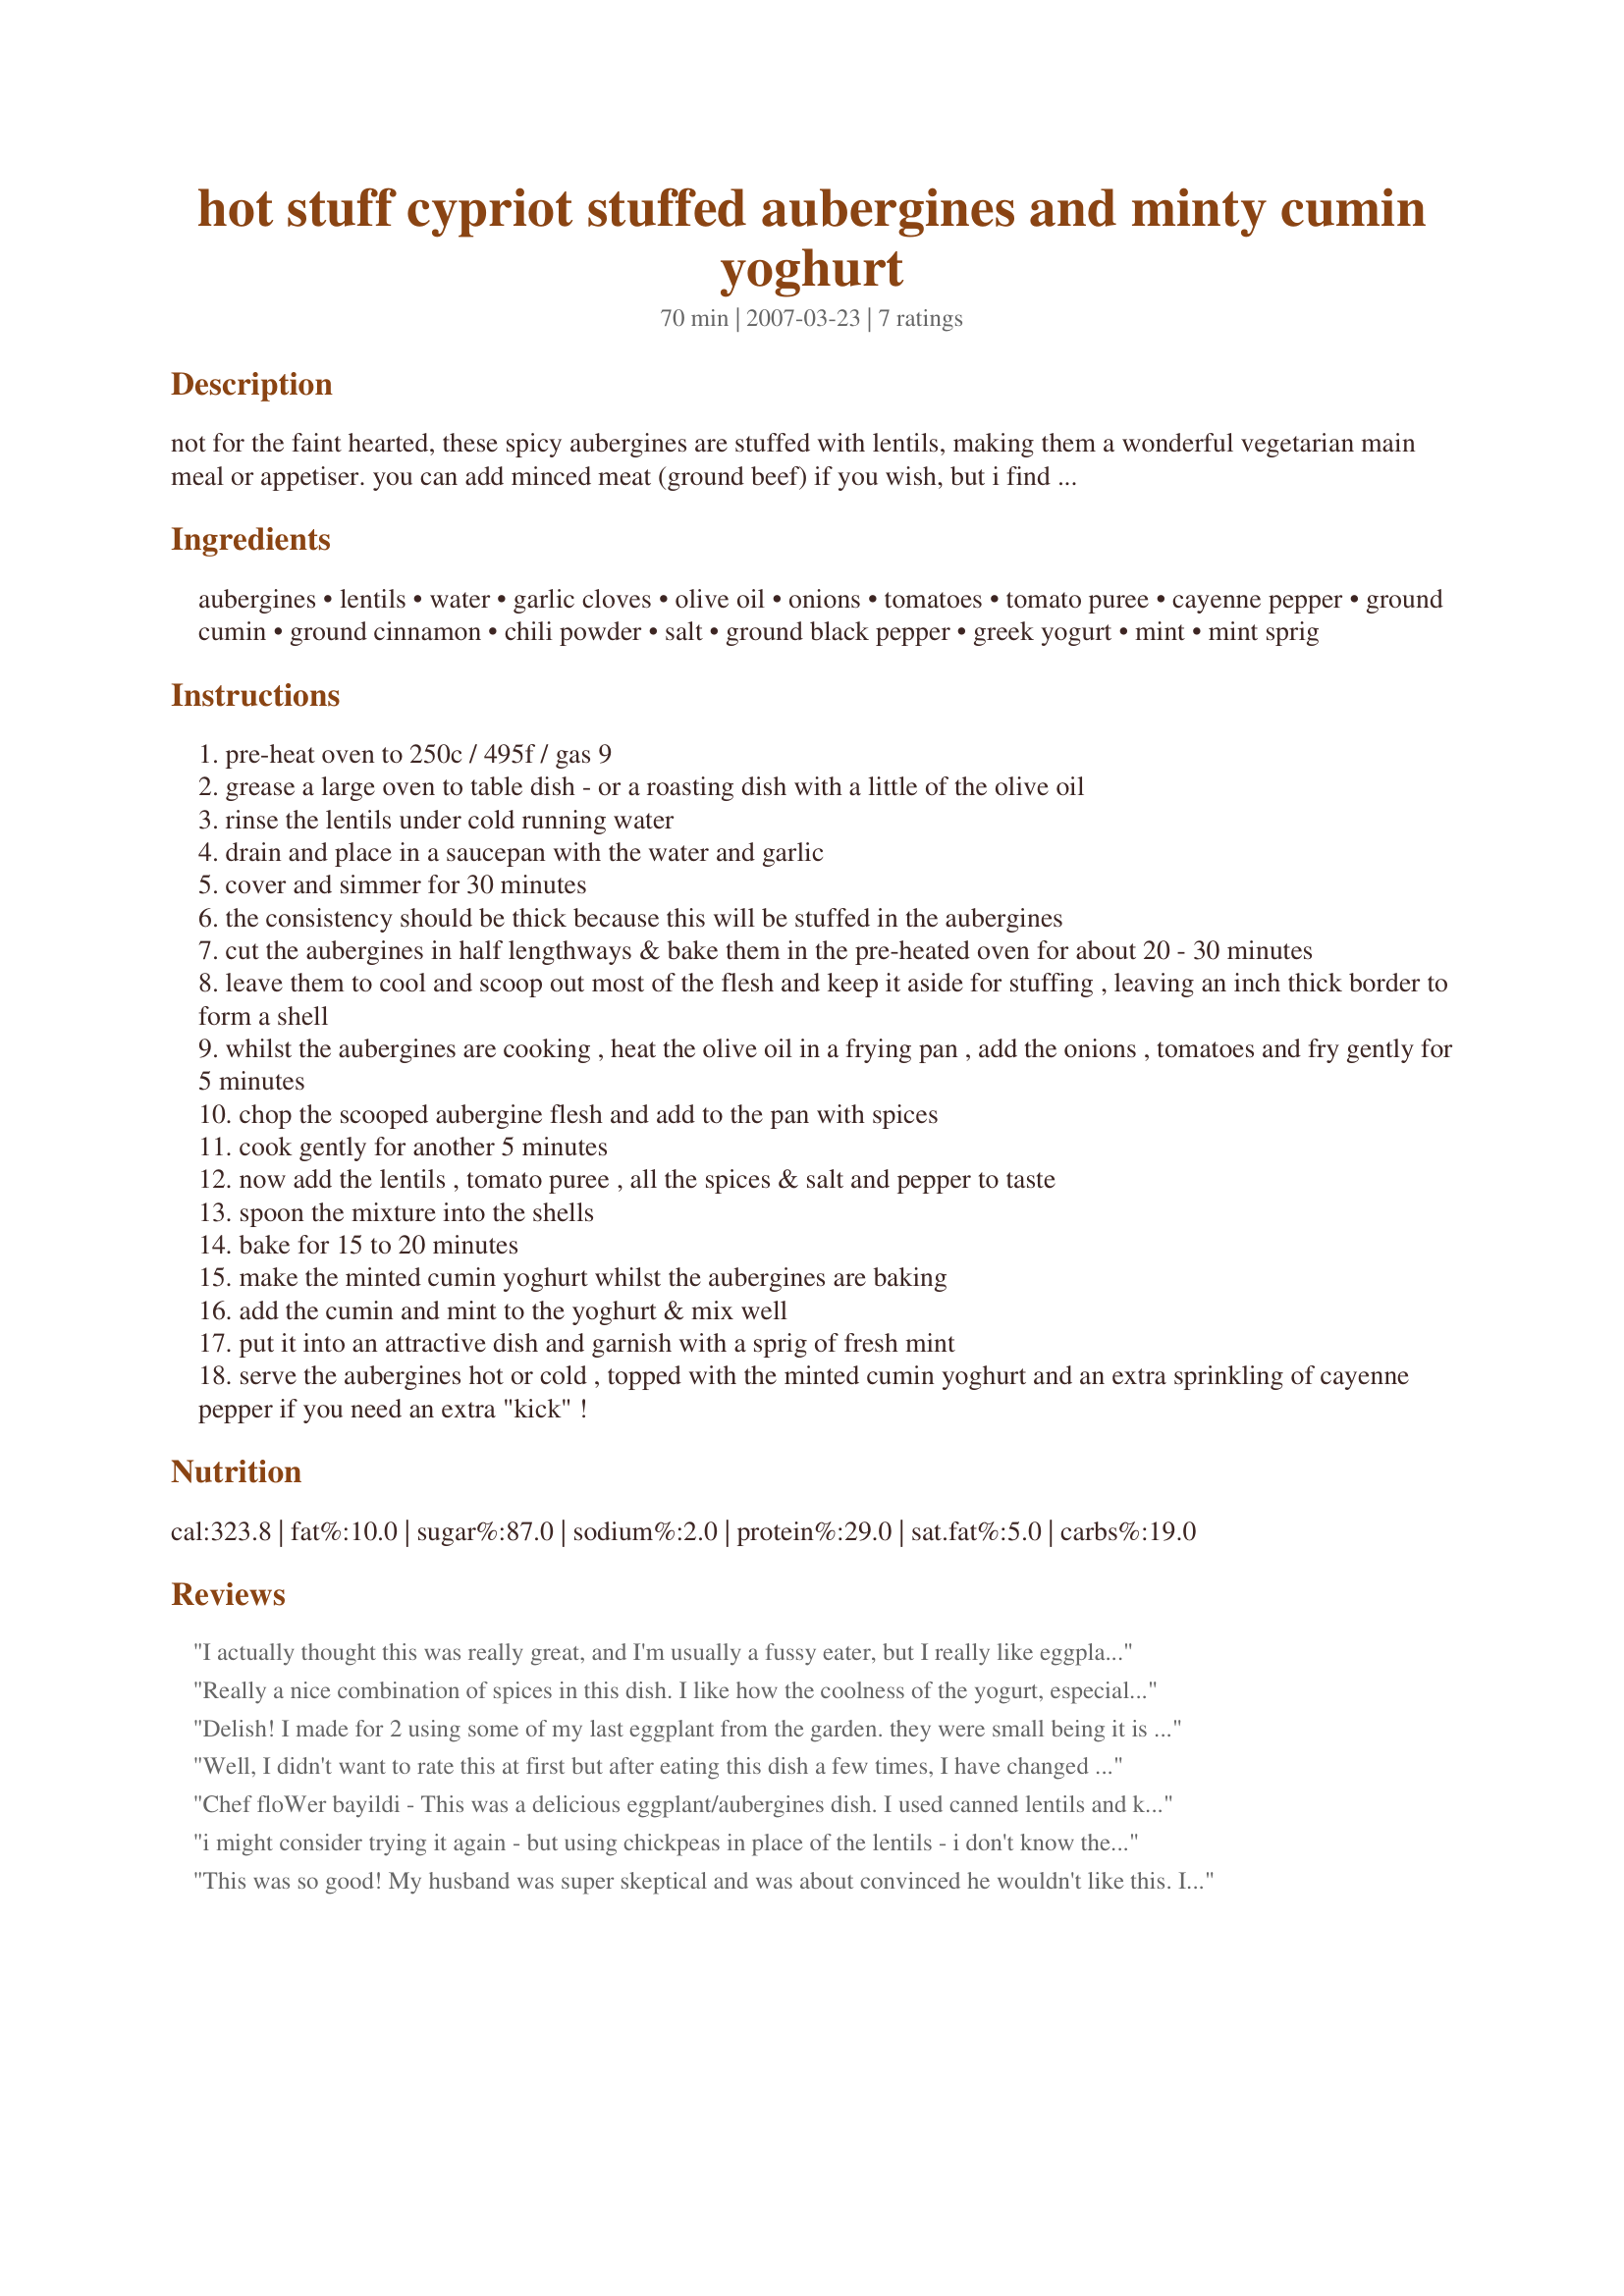
hot stuff cypriot stuffed aubergines and minty cumin yoghurt
Preparation time: 70 minutes

not for the faint hearted, these spicy aubergines are stuffed with lentils, making them a wonderful vegetarian main meal or appetiser. you can add minced meat (ground beef) if you wish, but i find that the puy lentils used in this dish have quite enough "body" already! these are based on a turkish recipe called imam bayildi - but i have "pepped" them up a bit by adding cayenne pepper, chili & the lentils! do not forget the essential finishing touch - the minted cumin yoghurt, it "cuts" through the heat of the cayenne pepper. serve these with a crispy salad and crusty bread.

Ingredients:
aubergines, lentils, water, garlic cloves, olive oil, onions, tomatoes, tomato puree, cayenne pepper, ground cumin, ground cinnamon, chili powder, salt, ground black pepper, greek yogurt, mint, mint sprig

Steps:
pre-heat oven to 250c / 495f / gas 9
grease a large oven to table dish - or a roasting dish with a little of the olive oil
rinse the lentils under cold running water
drain and place in a saucepan with the water and garlic
cover and simmer for 30 minutes
the consistency should be thick because this will be stuffed in the aubergines
cut the aubergines in half lengthways & bake them in the pre-heated oven for about 20 - 30 minutes
leave them to cool and scoop out most of the flesh and keep it aside for stuffing , leaving an inch thick border to form a shell
whilst the aubergines are cooking , heat the olive oil in a frying pan , add the onions , tomatoes and fry gently for 5 minutes
chop the scooped aubergine flesh and add to the pan with spices
cook gently for another 5 minutes
now add the lentils , tomato puree , all the spices & salt and pepper to taste
spoon the mixture into the shells
bake for 15 to 20 minutes
make the minted cumin yoghurt whilst the aubergines are baking
add the cumin and mint to the yoghurt & mix well
put it into an attractive dish and garnish with a sprig of fresh mint
serve the aubergines hot or cold , topped with the minted cumin yoghurt and an extra sprinkling of cayenne pepper if you need an extra "kick" !

Reviews:
I actually thought this was really great, and I'm usually a fussy eater, but I really like eggplants. The mint yogurt added an interesting touch and it was a flavourful, tasty, unique meal! Thanks for sharing! (btw, I don't know what puy lentils are, so I just bought plain green lentils. Worked fine!)
Really a nice combination of spices in this dish. I like how the coolness of the yogurt, especially combined with the mint nicely offset the hotter spices (I omitted the cumin from the yogurt, using it only in the stuffing. An excellent addition to my fund of interesting Mediterranean recipes.
Delish! I made for 2 using some of my last eggplant from the garden. they were small being it is Autumn. Also my very last red tomato went into this very deserving dish! The yogurt is a must. I did use my pepper flakes which include ghost and habanero chili`s. I did skip the tomato puree found no need for it. This did make a lot of filling. We ate 1/2 and can`t wait for tomorrow for the leftovers. Yummo! Merci.
Well, I didn't want to rate this at first but after eating this dish a few times, I have changed my mind. I personally liked the taste of the lentils and eggplant. The mix of spices gives the lentils some zip. My husband, however, did not like this dish. He said he liked the lentils but he was not big on the eggplant (which he normally likes). Neither of us liked the yogurt sauce. At first I thought I didn't like the recipe but after trying it without the yogurt, I realized that that was what was causing us to dislike it. I think it is just a matter of personal taste- evidently we are not fond of mint in yogurt. Now, I eat the leftovers with some garlic yogourt and it compliments the dish very well. Overall, I would definitely recommend this recipe. I have never had such tasty lentils.
Chef floWer bayildi - This was a delicious eggplant/aubergines dish. I used canned lentils and kept to the recipe as written. The flavour, texture and smell was divine. Only recommendation I can made is choose very large eggplants to be able to stuff them nicely. Thank you French Tart
i might consider trying it again - but using chickpeas in place of the lentils - i don't know the lentils just didn't do it for me... but the taste was very good!
This was so good! My husband was super skeptical and was about convinced he wouldn't like this. I think it was the texture of the eggplant when I was scooping it out that turned him off from the dish. But once it was all done with the mint yogurt on top he really liked it and so did I.
